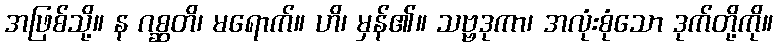
အဖြစ်သို့။ န ဂစ္ဆတိ၊ မရောက်။ ဟိ၊ မှန်၏။ သဗ္ဗဒုကာ၊ အလုံးစုံသော ဒုက်တို့ကို။